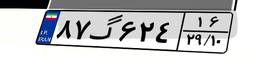
۸۷گ۶۲۴۱۶